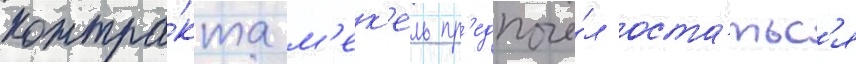
контра́кта м'ек'ель пр'едпочё́л оста́тьс'я